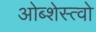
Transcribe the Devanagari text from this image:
ओब्शेस्त्वो